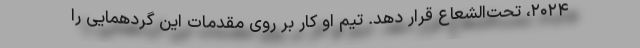
۲۰۲۴، تحت‌الشعاع قرار دهد. تیم او کار بر روی مقدمات این گردهمایی را